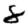
Digit: 8